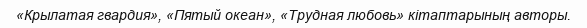
«Крылатая гвардия», «Пятый океан», «Трудная любовь» кітаптарының авторы.